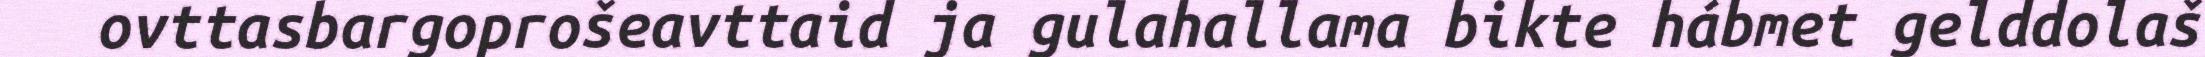
ovttasbargoprošeavttaid ja gulahallama bikte hábmet gelddolaš